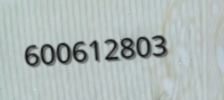
600612803